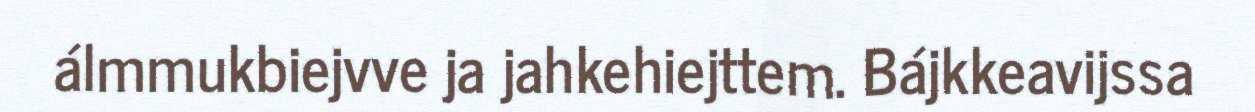
álmmukbiejvve ja jahkehiejttem. Bájkkeavijssa